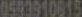
6593910015